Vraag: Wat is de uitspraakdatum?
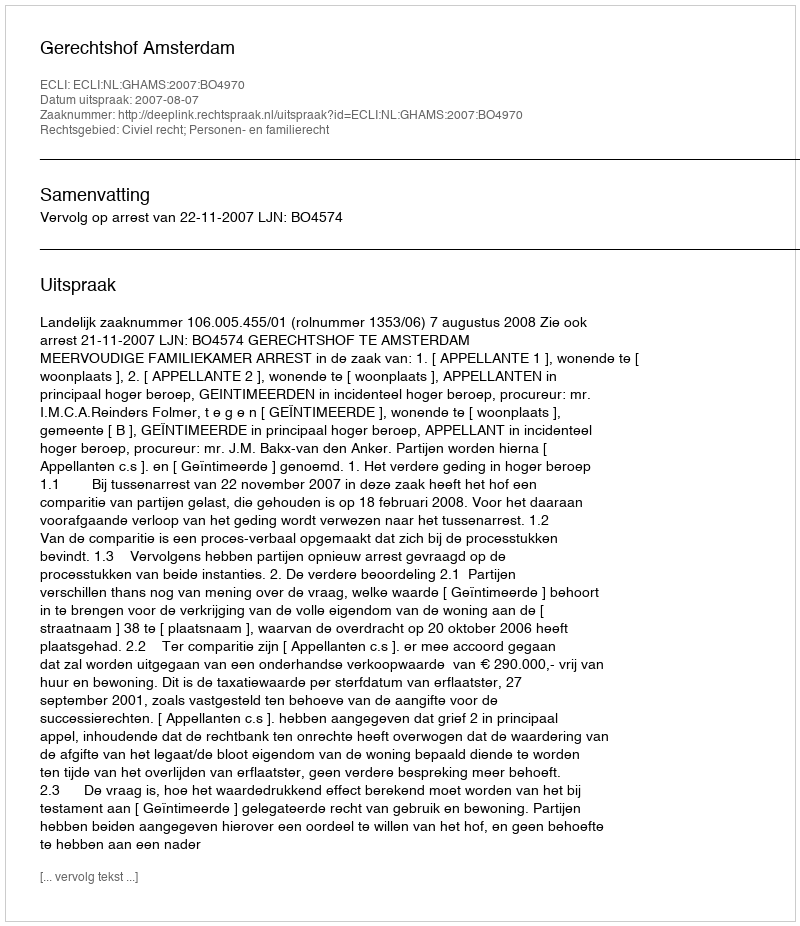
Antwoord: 2007-08-07